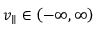
v _ { \parallel } \in \left( - \infty , \infty \right)